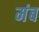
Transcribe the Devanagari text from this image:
मंब